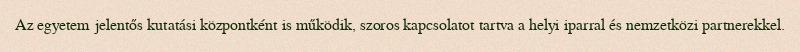
Az egyetem jelentős kutatási központként is működik, szoros kapcsolatot tartva a helyi iparral és nemzetközi partnerekkel.